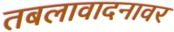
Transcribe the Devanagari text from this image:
तबलावादनावर